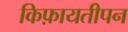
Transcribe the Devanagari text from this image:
किफ़ायतीपन